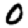
Digit: 0